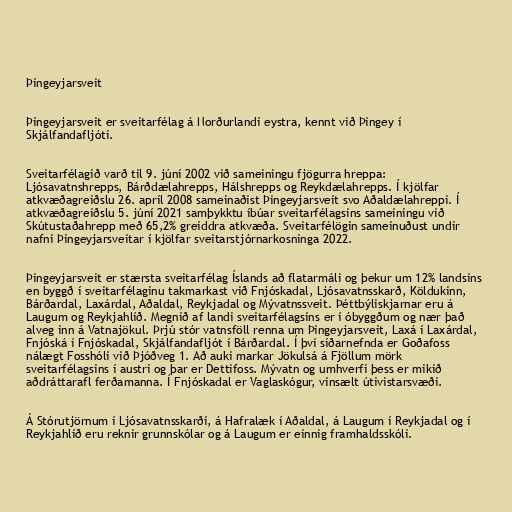
Þingeyjarsveit

Þingeyjarsveit er sveitarfélag á Norðurlandi eystra, kennt við Þingey í
Skjálfandafljóti.

Sveitarfélagið varð til 9. júní 2002 við sameiningu fjögurra hreppa:
Ljósavatnshrepps, Bárðdælahrepps, Hálshrepps og Reykdælahrepps. Í kjölfar
atkvæðagreiðslu 26. apríl 2008 sameinaðist Þingeyjarsveit svo Aðaldælahreppi. Í
atkvæðagreiðslu 5. júní 2021 samþykktu íbúar sveitarfélagsins sameiningu við
Skútustaðahrepp með 65,2% greiddra atkvæða. Sveitarfélögin sameinuðust undir
nafni Þingeyjarsveitar í kjölfar sveitarstjórnarkosninga 2022.

Þingeyjarsveit er stærsta sveitarfélag Íslands að flatarmáli og þekur um 12% landsins
en byggð í sveitarfélaginu takmarkast við Fnjóskadal, Ljósavatnsskarð, Köldukinn,
Bárðardal, Laxárdal, Aðaldal, Reykjadal og Mývatnssveit. Þéttbýliskjarnar eru á
Laugum og Reykjahlíð. Megnið af landi sveitarfélagsins er í óbyggðum og nær það
alveg inn á Vatnajökul. Þrjú stór vatnsföll renna um Þingeyjarsveit, Laxá í Laxárdal,
Fnjóská í Fnjóskadal, Skjálfandafljót í Bárðardal. Í því síðarnefnda er Goðafoss
nálægt Fosshóli við Þjóðveg 1. Að auki markar Jökulsá á Fjöllum mörk
sveitarfélagsins í austri og þar er Dettifoss. Mývatn og umhverfi þess er mikið
aðdráttarafl ferðamanna. Í Fnjóskadal er Vaglaskógur, vinsælt útivistarsvæði.

Á Stórutjörnum í Ljósavatnsskarði, á Hafralæk í Aðaldal, á Laugum í Reykjadal og í
Reykjahlíð eru reknir grunnskólar og á Laugum er einnig framhaldsskóli.